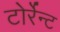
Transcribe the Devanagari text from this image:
टोर्रेन्ट